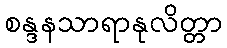
စန္ဒနသာရာနုလိတ္တာ